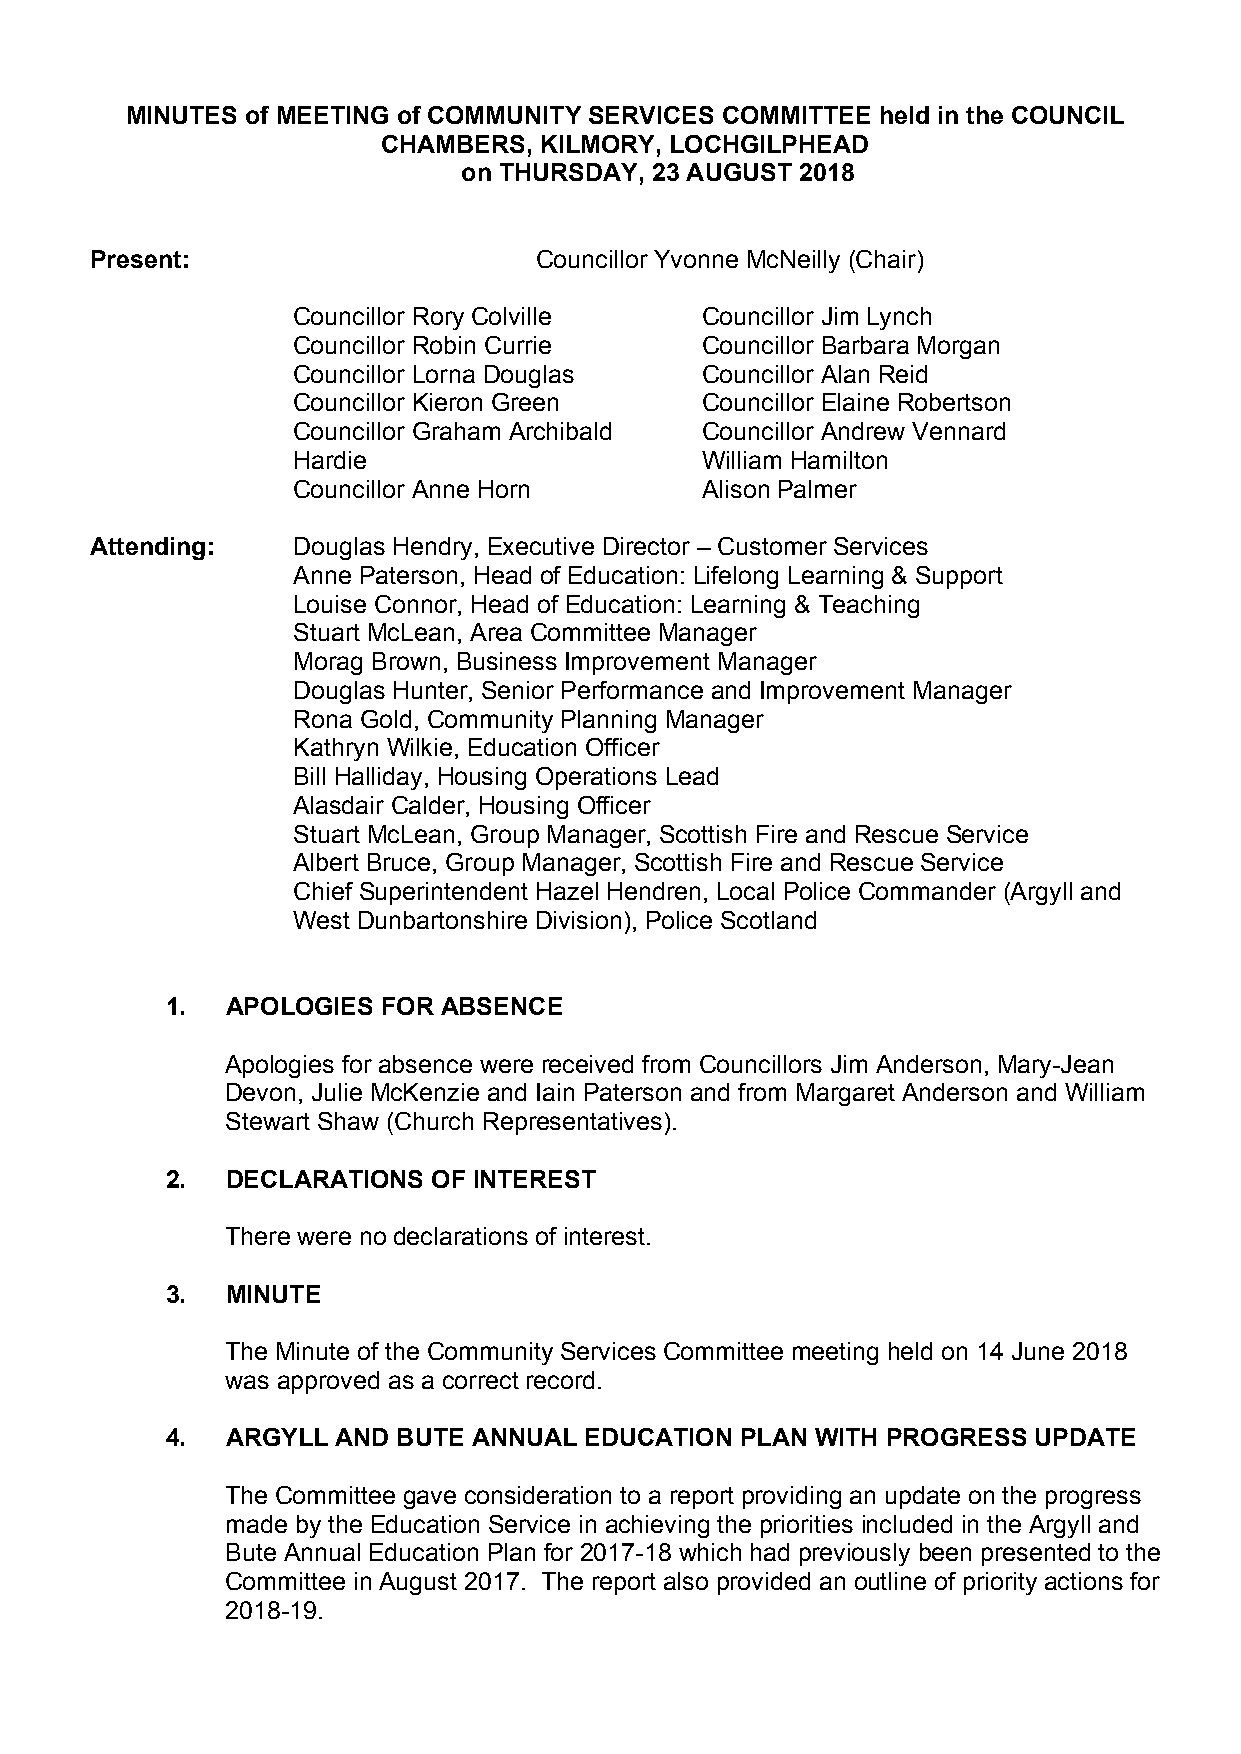
MINUTES of MEETING of COMMUNITY SERVICES COMMITTEE held in the COUNCIL
 CHAMBERS,  KILMORY, LOCHGILPHEAD
 on THURSDAY, 23 AUGUST 2018
 Present:                     Councillor Yvonne McNeilly (Chair)
 Councillor Rory Colville   Councillor Jim Lynch
 Councillor Robin Currie    Councillor Barbara Morgan
 Councillor Lorna Douglas   Councillor Alan Reid
 Councillor Kieron Green    Councillor Elaine Robertson
 Councillor Graham Archibald Councillor Andrew Vennard
 Hardie                     William Hamilton
 Councillor Anne Horn       Alison Palmer
 Attending:   Douglas Hendry, Executive Director – Customer Services
 Anne Paterson, Head of Education: Lifelong Learning & Support
 Louise Connor, Head of Education: Learning & Teaching
 Stuart McLean, Area Committee Manager
 Morag Brown, Business Improvement Manager
 Douglas Hunter, Senior Performance and Improvement Manager
 Rona Gold, Community Planning Manager
 Kathryn Wilkie, Education Officer
 Bill Halliday, Housing Operations Lead
 Alasdair Calder, Housing Officer
 Stuart McLean, Group Manager, Scottish Fire and Rescue Service
 Albert Bruce, Group Manager, Scottish Fire and Rescue Service
 Chief Superintendent Hazel Hendren, Local Police Commander (Argyll and
 West Dunbartonshire Division), Police Scotland
 1.  APOLOGIES FOR ABSENCE
 Apologies for absence were received from Councillors Jim Anderson, Mary-Jean
 Devon, Julie McKenzie and Iain Paterson and from Margaret Anderson and William
 Stewart Shaw (Church Representatives).
 2.  DECLARATIONS  OF INTEREST
 There were no declarations of interest.
 3.  MINUTE
 The Minute of the Community Services Committee meeting held on 14 June 2018
 was approved as a correct record.
 4.  ARGYLL AND BUTE ANNUAL  EDUCATION PLAN WITH PROGRESS UPDATE
 The Committee gave consideration to a report providing an update on the progress
 made by the Education Service in achieving the priorities included in the Argyll and
 Bute Annual Education Plan for 2017-18 which had previously been presented to the
 Committee in August 2017. The report also provided an outline of priority actions for
 2018-19.